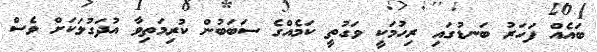
ބައެއް ފަހަރު ބަނޑުގައި ރިހުމަކީ ވަގުތީ ކަމެއްގެ ސަބަބުން ކުރިމަތިވާ އުދަގުލަކަށް ވެސް